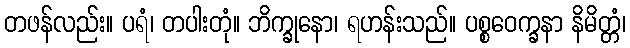
တဖန်လည်း။ ပရံ၊ တပါးတုံ။ ဘိက္ခုနော၊ ရဟန်းသည်။ ပစ္စဝေက္ခနာ နိမိတ္တံ၊